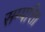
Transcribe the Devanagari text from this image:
सम्पत्ति।